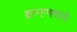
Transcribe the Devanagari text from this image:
ब्राम्हणशाही